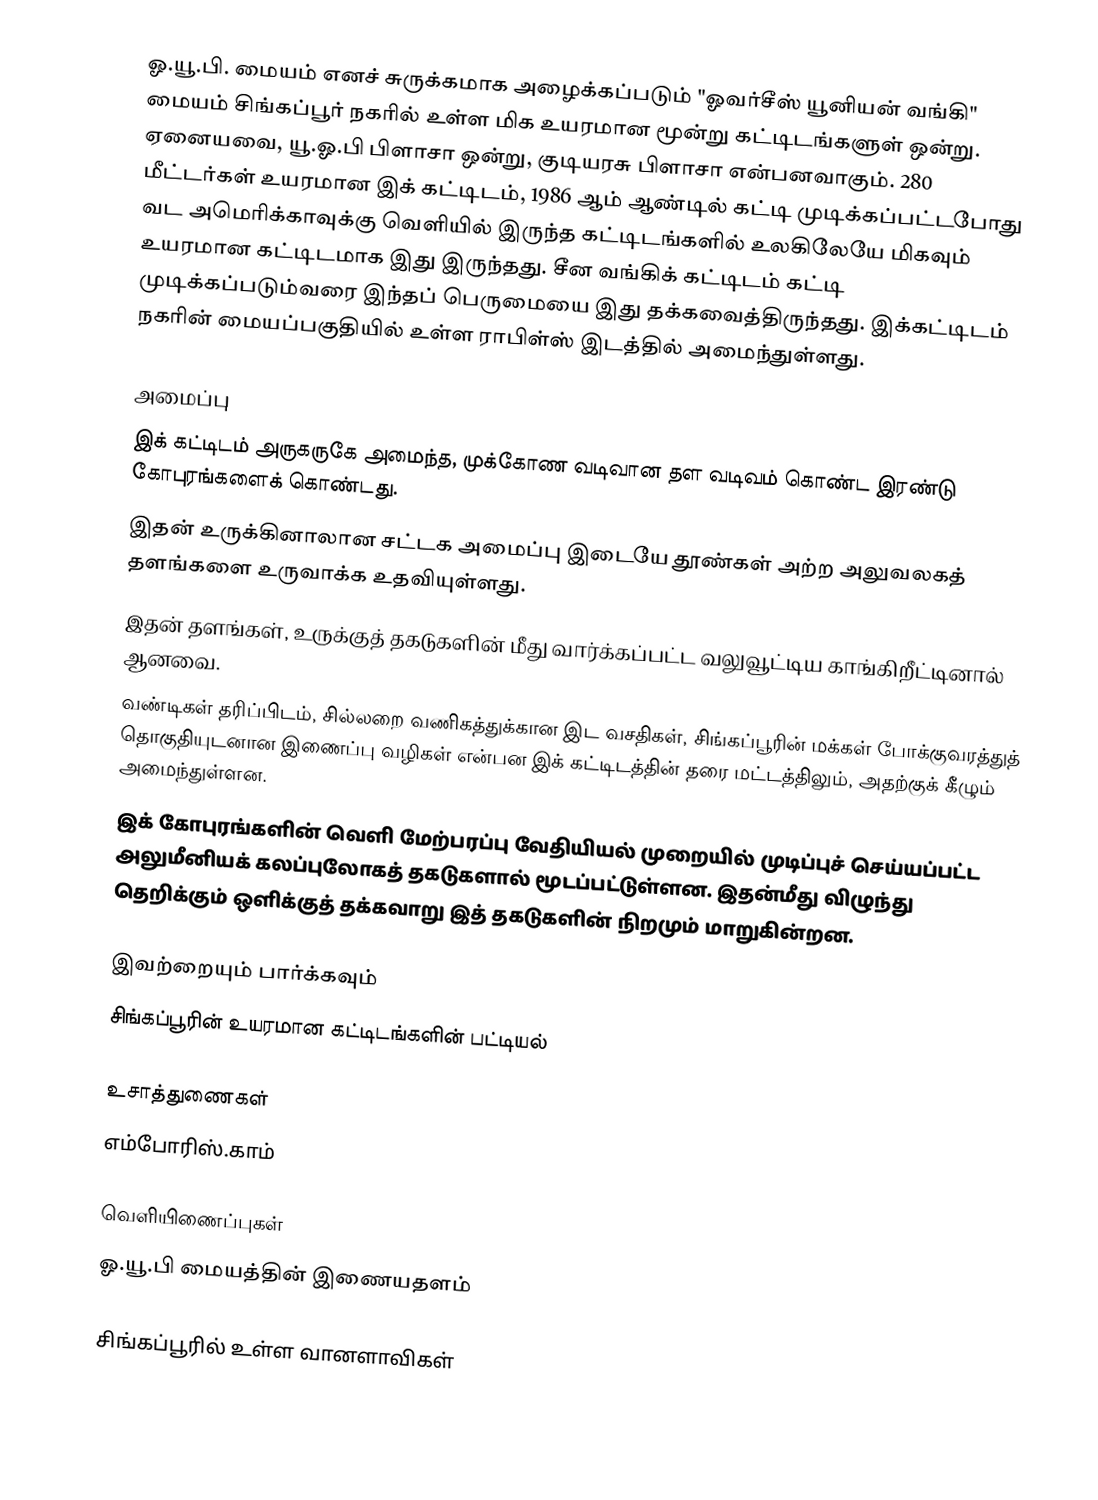
ஓ.யூ.பி. மையம் எனச் சுருக்கமாக அழைக்கப்படும் "ஓவர்சீஸ் யூனியன் வங்கி" மையம் சிங்கப்பூர் நகரில் உள்ள மிக உயரமான மூன்று கட்டிடங்களுள் ஒன்று. ஏனையவை, யூ.ஓ.பி பிளாசா ஒன்று, குடியரசு பிளாசா என்பனவாகும். 280 மீட்டர்கள் உயரமான இக் கட்டிடம், 1986 ஆம் ஆண்டில் கட்டி முடிக்கப்பட்டபோது வட அமெரிக்காவுக்கு வெளியில் இருந்த கட்டிடங்களில் உலகிலேயே மிகவும் உயரமான கட்டிடமாக இது இருந்தது. சீன வங்கிக் கட்டிடம் கட்டி முடிக்கப்படும்வரை இந்தப் பெருமையை இது தக்கவைத்திருந்தது. இக்கட்டிடம் நகரின் மையப்பகுதியில் உள்ள ராபிள்ஸ் இடத்தில் அமைந்துள்ளது.

அமைப்பு
 இக் கட்டிடம் அருகருகே அமைந்த, முக்கோண வடிவான தள வடிவம் கொண்ட இரண்டு கோபுரங்களைக் கொண்டது.
 இதன் உருக்கினாலான சட்டக அமைப்பு இடையே தூண்கள் அற்ற அலுவலகத் தளங்களை உருவாக்க உதவியுள்ளது.
 இதன் தளங்கள், உருக்குத் தகடுகளின் மீது வார்க்கப்பட்ட வலுவூட்டிய காங்கிறீட்டினால் ஆனவை.
 வண்டிகள் தரிப்பிடம், சில்லறை வணிகத்துக்கான இட வசதிகள், சிங்கப்பூரின் மக்கள் போக்குவரத்துத் தொகுதியுடனான இணைப்பு வழிகள் என்பன இக் கட்டிடத்தின் தரை மட்டத்திலும், அதற்குக் கீழும் அமைந்துள்ளன.
 இக் கோபுரங்களின் வெளி மேற்பரப்பு வேதியியல் முறையில் முடிப்புச் செய்யப்பட்ட அலுமீனியக் கலப்புலோகத் தகடுகளால் மூடப்பட்டுள்ளன. இதன்மீது விழுந்து தெறிக்கும் ஒளிக்குத் தக்கவாறு இத் தகடுகளின் நிறமும் மாறுகின்றன.

இவற்றையும் பார்க்கவும்
 சிங்கப்பூரின் உயரமான கட்டிடங்களின் பட்டியல்

உசாத்துணைகள்
 எம்போரிஸ்.காம்

வெளியிணைப்புகள்
 ஓ.யூ.பி மையத்தின் இணையதளம்

சிங்கப்பூரில் உள்ள வானளாவிகள்